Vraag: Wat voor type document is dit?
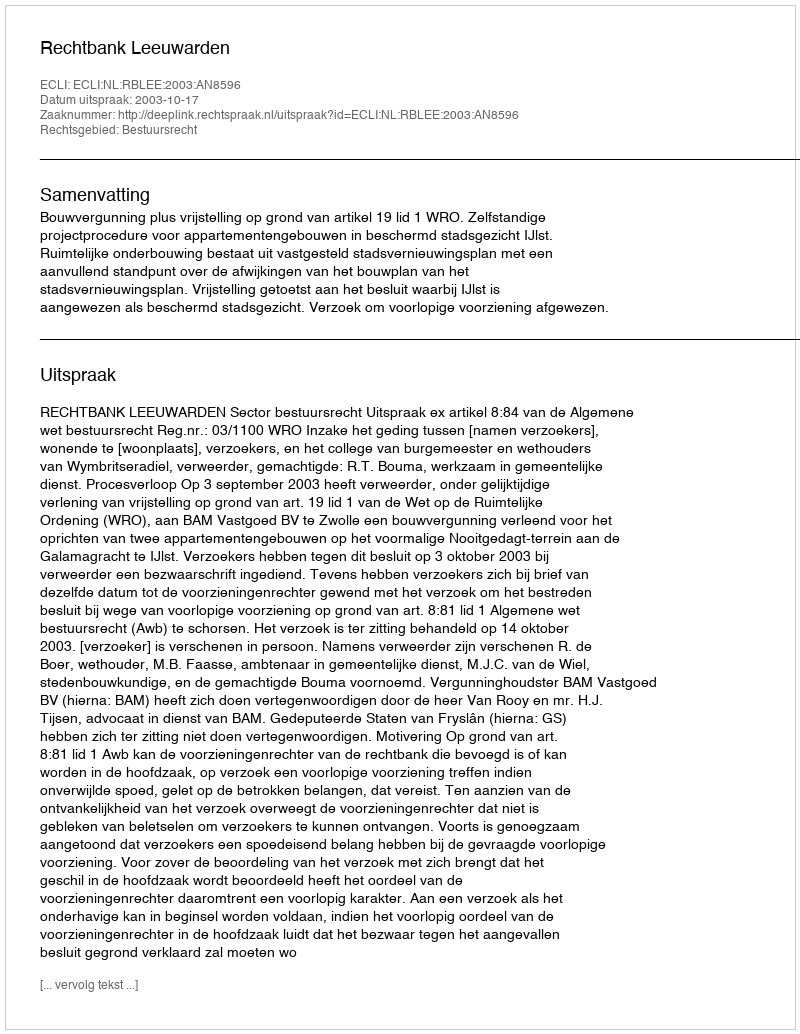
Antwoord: Uitspraak